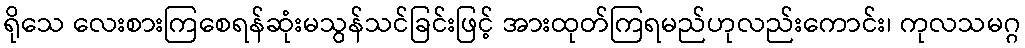
ရိုသေ လေးစားကြစေရန်ဆုံးမသွန်သင်ခြင်းဖြင့် အားထုတ်ကြရမည်ဟုလည်းကောင်း၊ ကုလသမဂ္ဂ